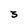
Character: 3